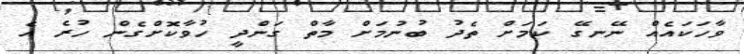
ވާހަކައެއް ނޭނގޭ ކަމަށް ތެދު ބުނުމަށް މާތް ގަންދީ ހުވާކޮށްގެން ހުރެ އެ